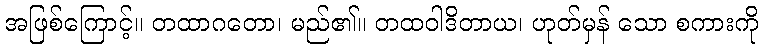
အဖြစ်ကြောင့်။ တထာဂတော၊ မည်၏။ တထဝါဒိတာယ၊ ဟုတ်မှန် သော စကားကို